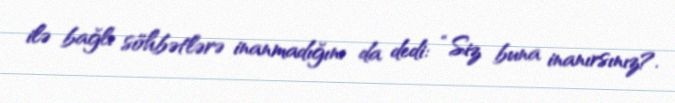
ilə bağlı söhbətlərə inanmadığını da dedi: “Siz buna inanırsınız?.